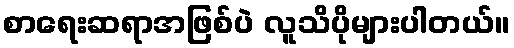
စာရေးဆရာအဖြစ်ပဲ လူသိပိုများပါတယ်။